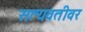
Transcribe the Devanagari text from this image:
सत्यवतीवर